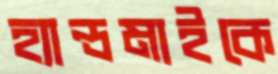
হ্যান্ডমাইকে